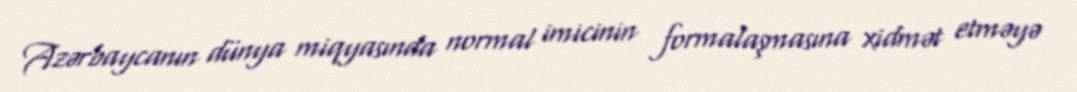
Azərbaycanın dünya miqyasında normal imicinin formalaşmasına xidmət etməyə